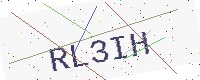
Text: RL3IH